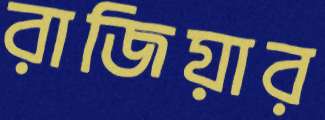
রাজিয়ার